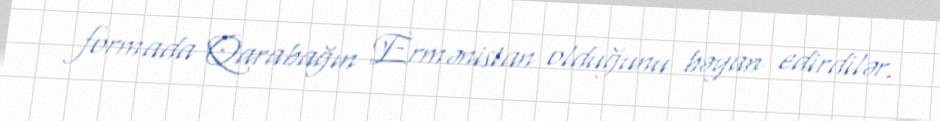
formada Qarabağın Ermənistan olduğunu bəyan edirdilər.